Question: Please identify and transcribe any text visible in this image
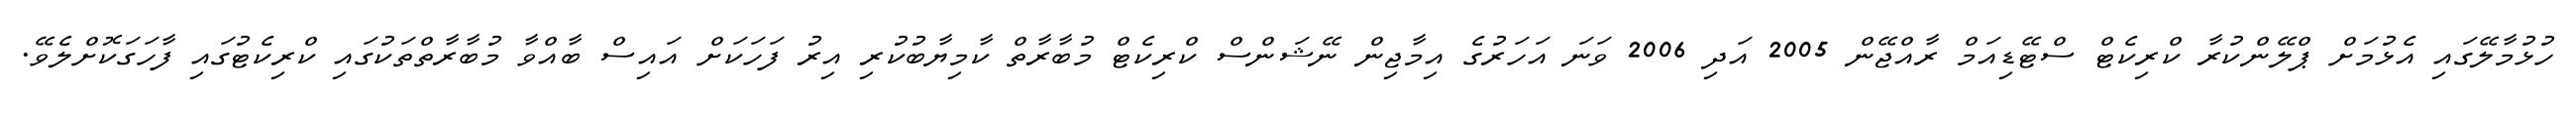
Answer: ހުޅުމާލޭގައި އެޅުމަށް ޕްލޭންކުރާ ކްރިކެޓް ސްޓޭޑިއަމް ރާއްޖޭން 2005 އަދި 2006 ވަނަ އަހަރުގެ އިމާޖިން ނޭޝަންސް ކްރިކެޓް މުބާރާތް ކާމިޔާބުކުރި އިރު ފަހަކަށް އައިސް ބާއްވާ މުބާރާތްތަކުގައި ކްރިކެޓުގައި ފާހަގަކޮށްލެވޭ.